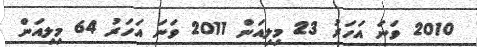
2010 ވަނަ އަހަރު 23 މިލިއަން 2011 ވަނަ އަހަރު 64 މިލިއަން